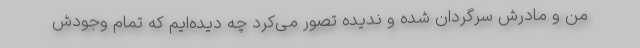
من و مادرش سرگردان شده و ندیده تصور می‌کرد چه دیده‌ایم که تمام وجودش